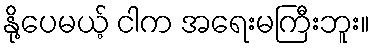
နို့ပေမယ့် ငါက အရေးမကြီးဘူး။